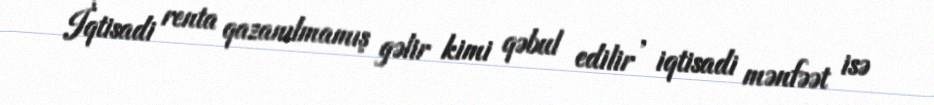
İqtisadi renta qazanılmamış gəlir kimi qəbul edilir , iqtisadi mənfəət isə